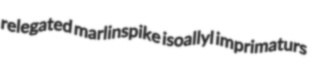
relegated marlinspike isoallyl imprimaturs